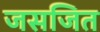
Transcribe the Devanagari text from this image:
जसजित